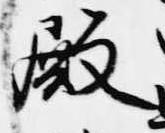
殿